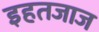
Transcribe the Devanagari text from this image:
इहतजाज